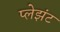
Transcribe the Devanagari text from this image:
प्लेझंट